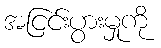
အငြင်းပွားမှုကို